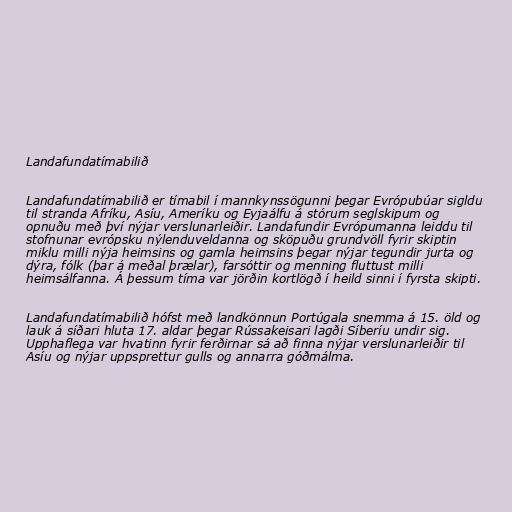
Landafundatímabilið

Landafundatímabilið er tímabil í mannkynssögunni þegar Evrópubúar sigldu
til stranda Afríku, Asíu, Ameríku og Eyjaálfu á stórum seglskipum og
opnuðu með því nýjar verslunarleiðir. Landafundir Evrópumanna leiddu til
stofnunar evrópsku nýlenduveldanna og sköpuðu grundvöll fyrir skiptin
miklu milli nýja heimsins og gamla heimsins þegar nýjar tegundir jurta og
dýra, fólk (þar á meðal þrælar), farsóttir og menning fluttust milli
heimsálfanna. Á þessum tíma var jörðin kortlögð í heild sinni í fyrsta skipti.

Landafundatímabilið hófst með landkönnun Portúgala snemma á 15. öld og
lauk á síðari hluta 17. aldar þegar Rússakeisari lagði Síberíu undir sig.
Upphaflega var hvatinn fyrir ferðirnar sá að finna nýjar verslunarleiðir til
Asíu og nýjar uppsprettur gulls og annarra góðmálma.